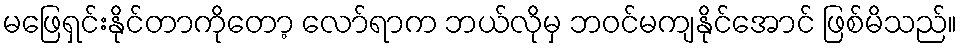
မဖြေရှင်းနိုင်တာကိုတော့ လော်ရာက ဘယ်လိုမှ ဘဝင်မကျနိုင်အောင် ဖြစ်မိသည်။